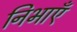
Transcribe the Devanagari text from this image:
निभाएँ